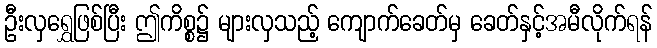
ဦးလှရွှေဖြစ်ပြီး ဤကိစ္စ၌ များလှသည့် ကျောက်ခေတ်မှ ခေတ်နှင့်အမီလိုက်ရန်